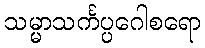
သမ္မာသင်္ကပ္ပဂေါစရော